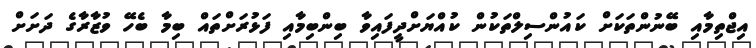
އިޖްތިމާއި ބޭނުންތަކަށް ކައުންސިލްތަކުން ކުއްޔަށްދީފައިވާ ބިންބިމާއި ފަޅުރަށްތައް ބިމާ ބެހޭ ވުޒާރާގެ ދަށަށް